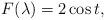
LaTeX: \begin{align*}F(\lambda)=2\cos t,\end{align*}